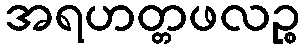
အရဟတ္တဖလဉ္စ